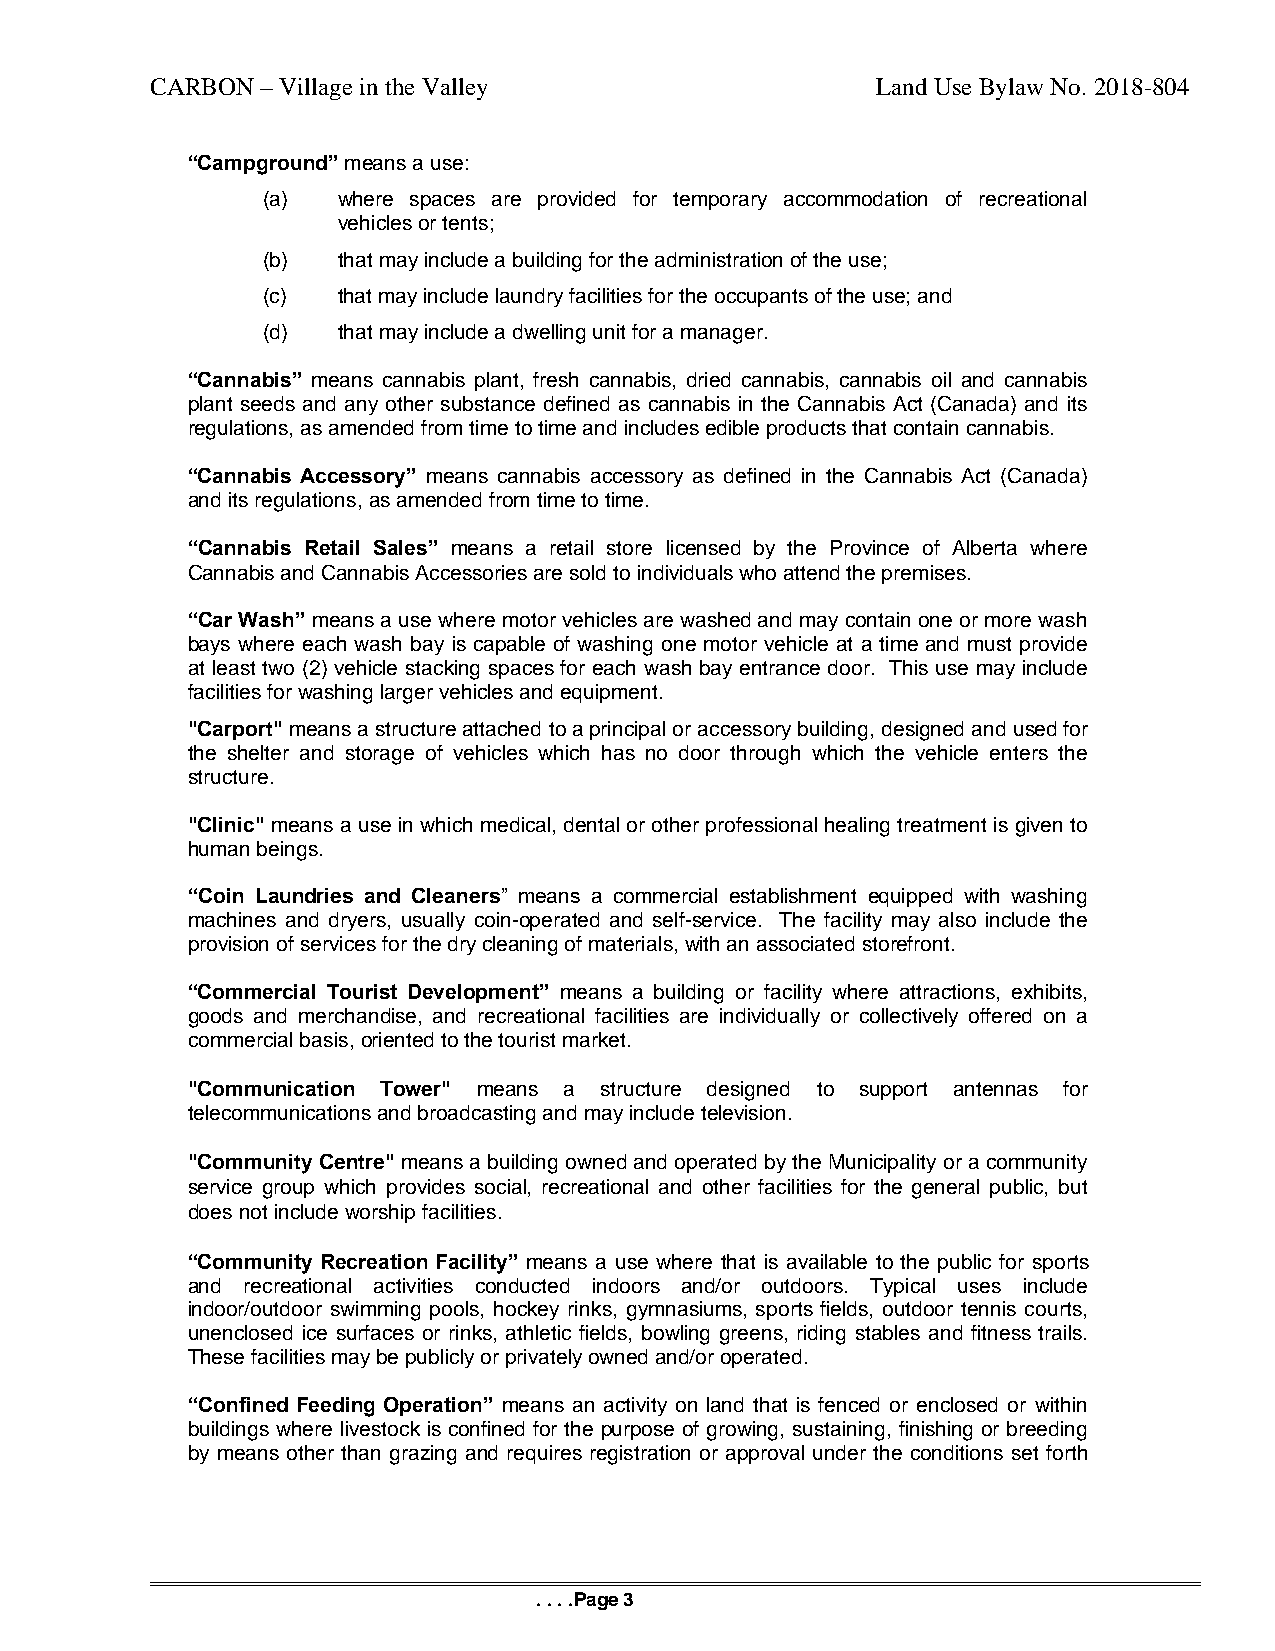
CARBON – Village in the Valley                  Land Use Bylaw No. 2018-804
 “Campground” means a use:
 (a)  where spaces are provided for temporary accommodation of recreational
 vehicles or tents;
 (b)  that may include a building for the administration of the use;
 (c)  that may include laundry facilities for the occupants of the use; and
 (d)  that may include a dwelling unit for a manager.
 “Cannabis” means cannabis plant, fresh cannabis, dried cannabis, cannabis oil and cannabis
 plant seeds and any other substance defined as cannabis in the Cannabis Act (Canada) and its
 regulations, as amended from time to time and includes edible products that contain cannabis.
 “Cannabis Accessory” means cannabis accessory as defined in the Cannabis Act (Canada)
 and its regulations, as amended from time to time.
 “Cannabis Retail Sales” means a retail store licensed by the Province of Alberta where
 Cannabis and Cannabis Accessories are sold to individuals who attend the premises.
 “Car Wash” means a use where motor vehicles are washed and may contain one or more wash
 bays where each wash bay is capable of washing one motor vehicle at a time and must provide
 at least two (2) vehicle stacking spaces for each wash bay entrance door. This use may include
 facilities for washing larger vehicles and equipment.
 "Carport" means a structure attached to a principal or accessory building, designed and used for
 the shelter and storage of vehicles which has no door through which the vehicle enters the
 structure.
 "Clinic" means a use in which medical, dental or other professional healing treatment is given to
 human beings.
 “Coin Laundries and Cleaners” means a commercial establishment equipped with washing
 machines and dryers, usually coin-operated and self-service. The facility may also include the
 provision of services for the dry cleaning of materials, with an associated storefront.
 “Commercial Tourist Development” means a building or facility where attractions, exhibits,
 goods and merchandise, and recreational facilities are individually or collectively offered on a
 commercial basis, oriented to the tourist market.
 "Communication Tower" means a structure designed to support antennas for
 telecommunications and broadcasting and may include television.
 "Community Centre" means a building owned and operated by the Municipality or a community
 service group which provides social, recreational and other facilities for the general public, but
 does not include worship facilities.
 “Community Recreation Facility” means a use where that is available to the public for sports
 and recreational activities conducted indoors and/or outdoors. Typical uses include
 indoor/outdoor swimming pools, hockey rinks, gymnasiums, sports fields, outdoor tennis courts,
 unenclosed ice surfaces or rinks, athletic fields, bowling greens, riding stables and fitness trails.
 These facilities may be publicly or privately owned and/or operated.
 “Confined Feeding Operation” means an activity on land that is fenced or enclosed or within
 buildings where livestock is confined for the purpose of growing, sustaining, finishing or breeding
 by means other than grazing and requires registration or approval under the conditions set forth
 . . . .Page 3